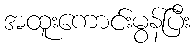
အထူးကောင်းမွန်ပြီး